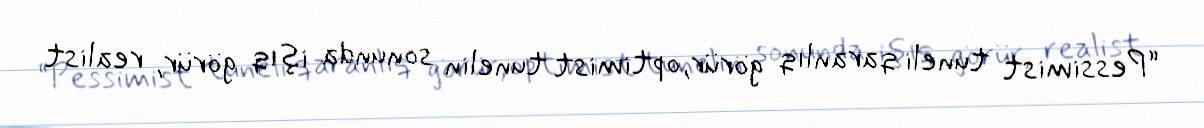
“Pessimist tuneli qaranlıq görür, optimist tunelin sonunda işıq görür, realist